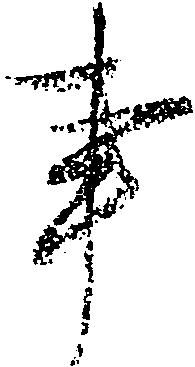
事